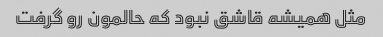
مثل همیشه قاشق نبود که حالمون رو گرفت